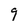
Character: 9